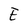
Character: E